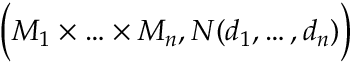
{ \Big ( } M _ { 1 } \times \ldots \times M _ { n } , N ( d _ { 1 } , \ldots , d _ { n } ) { \Big ) }